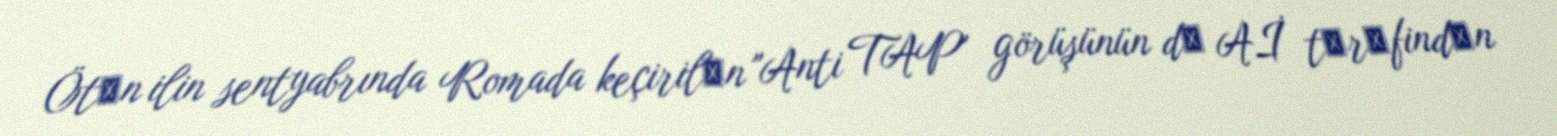
Ötәn ilin sentyabrında Romada keçirilәn "Anti TAP" görüşünün dә Aİ tәrәfindәn